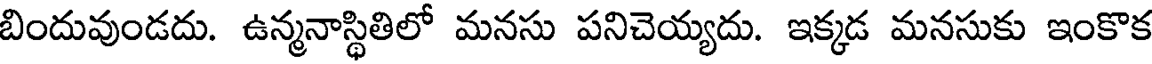
బిందువుండదు. ఉన్మనాస్థితిలో మనసు పనిచెయ్యదు. ఇక్కడ మనసుకు ఇంకొక